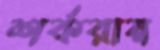
শর্করায়